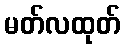
မတ်လထုတ်